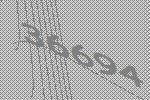
36694